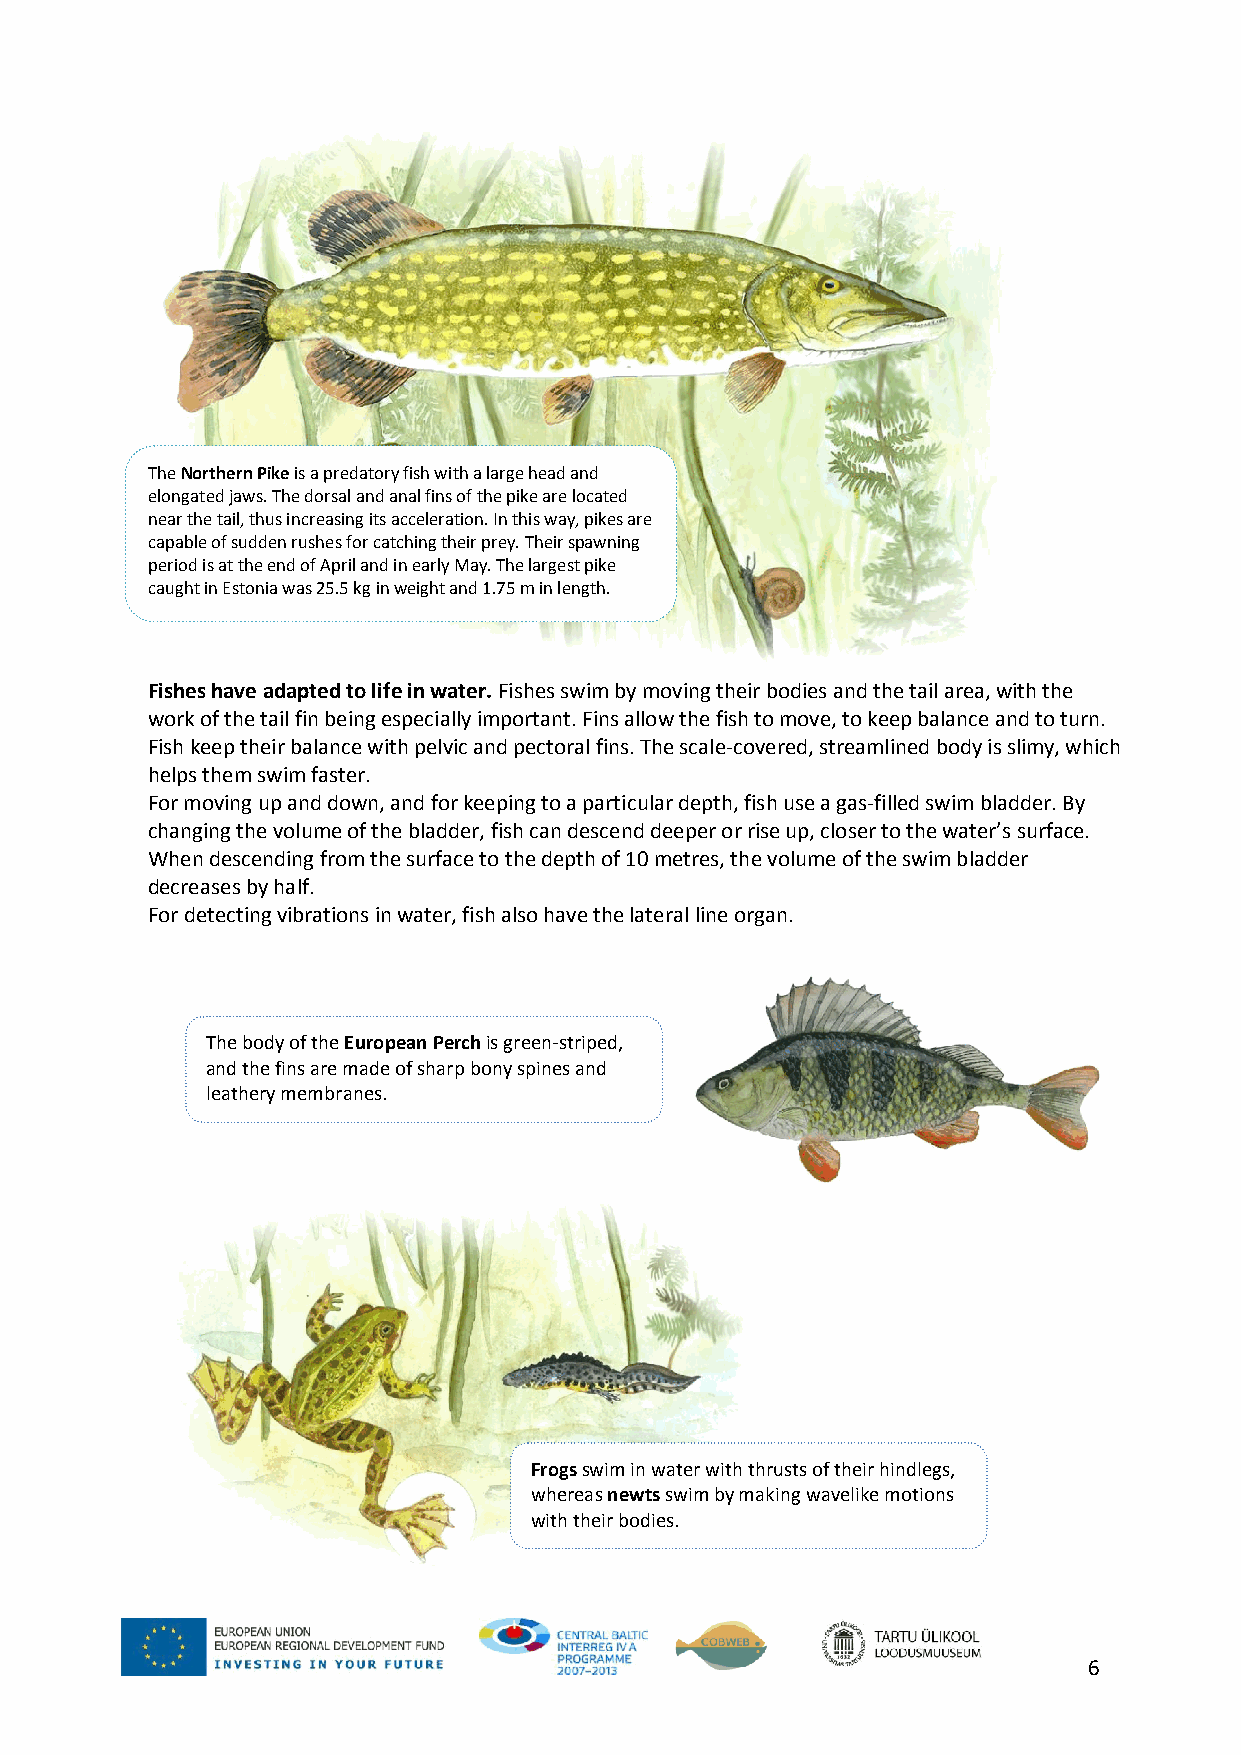
The Northern Pike is a predatory fish with a large head and
 elongated jaws. The dorsal and anal fins of the pike are located
 near the tail, thus increasing its acceleration. In this way, pikes are
 capable of sudden rushes for catching their prey. Their spawning
 period is at the end of April and in early May. The largest pike
 caught in Estonia was 25.5 kg in weight and 1.75 m in length.
 Fishes have adapted to life in water. Fishes swim by moving their bodies and the tail area, with the
 work of the tail fin being especially important. Fins allow the fish to move, to keep balance and to turn.
 Fish keep their balance with pelvic and pectoral fins. The scale-covered, streamlined body is slimy, which
 helps them swim faster.
 For moving up and down, and for keeping to a particular depth, fish use a gas-filled swim bladder. By
 changing the volume of the bladder, fish can descend deeper or rise up, closer to the water’s surface.
 When descending from the surface to the depth of 10 metres, the volume of the swim bladder
 decreases by half.
 For detecting vibrations in water, fish also have the lateral line organ.
 The body of the European Perch is green-striped,
 and the fins are made of sharp bony spines and
 leathery membranes.
 Frogs swim in water with thrusts of their hindlegs,
 whereas newts swim by making wavelike motions
 with their bodies.
 6